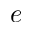
e